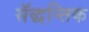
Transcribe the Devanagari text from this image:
सॅद्धन्तिक